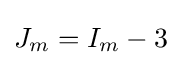
J_{m}=I_{m}-3